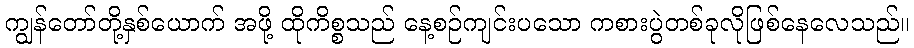
ကျွန်တော်တို့နှစ်ယောက် အဖို့ ထိုကိစ္စသည် နေ့စဉ်ကျင်းပသော ကစားပွဲတစ်ခုလိုဖြစ်နေလေသည်။